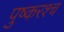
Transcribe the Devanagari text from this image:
पुष्करश्च